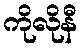
ကိုလိုနီ